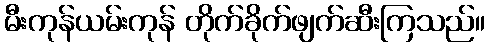
မီးကုန်ယမ်းကုန် တိုက်ခိုက်ဖျက်ဆီးကြသည်။